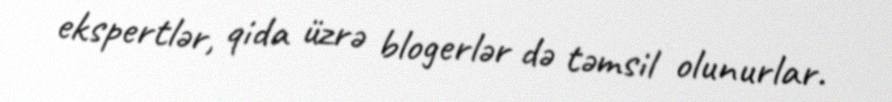
ekspertlər, qida üzrə blogerlər də təmsil olunurlar.